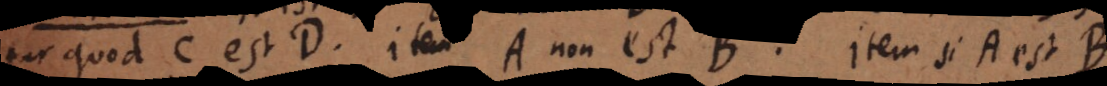
tur quod C est D. Item A non est B. Item si A est B,